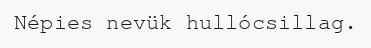
Népies nevük hullócsillag.